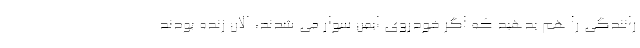
رانندگی را هم بدهید که اگر خودروی ایمن سوار می شدند، الان زنده بودند